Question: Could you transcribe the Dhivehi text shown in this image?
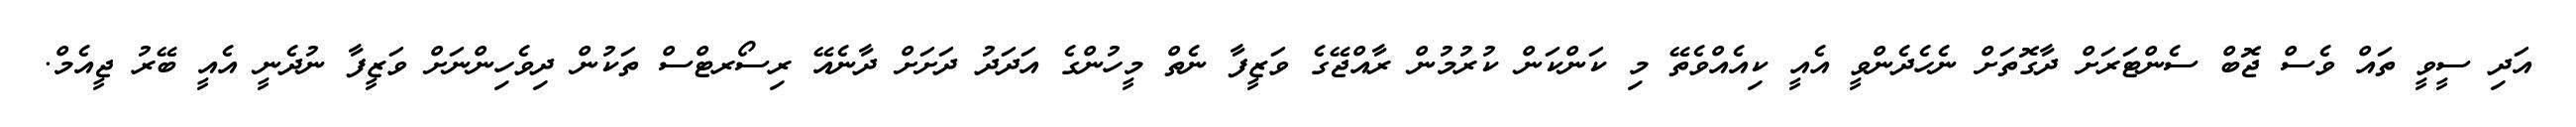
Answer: އަދި ސީވީ ތައް ވެސް ޖޮބް ސެންޓަރަށް ދާގޮތަށް ނެހެދެންވީ އެއީ ކިއެއްވެތޭ މި ކަންކަން ކުރުމުން ރާއްޖޭގެ ވަޒީފާ ނެތް މީހުންގެ އަދަދު ދަށަށް ދާނެއޭ ރިސޯރޓްސް ތަކުން ދިވެހިންނަށް ވަޒީފާ ނުދެނީ އެއީ ބޭރު ޖީއެމް.